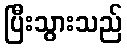
ပြီးသွားသည်